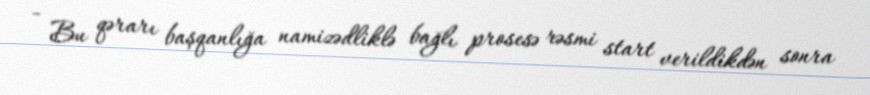
- Bu qərarı başqanlığa namizədliklə bağlı prosesə rəsmi start verildikdən sonra